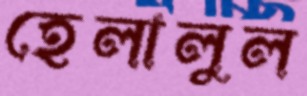
হেলালুল